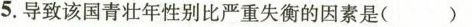
5.导致该国青壮年性别比严重失衡的因素是( )